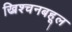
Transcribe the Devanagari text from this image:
ख्रिश्चनबहूल